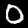
Digit: 0